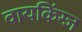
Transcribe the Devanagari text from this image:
वायकिंग्ज